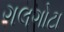
ગલગોટા